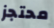
محتجز